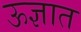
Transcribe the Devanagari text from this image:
ऊज्ञात